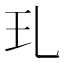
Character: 玌